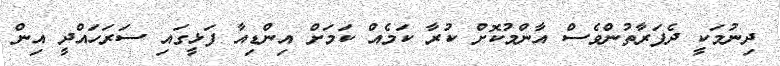
ދިނުމަކީ ދެފަރާތުންވެސް އާންމުކޮށް ކުރާ ކަމެއް ކަމަށް އިންޑިއާ ފަޅީގައި ސަރަހައްދީ އިން